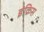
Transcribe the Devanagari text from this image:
इंक्रिस